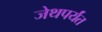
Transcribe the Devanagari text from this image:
जेथपर्यंत